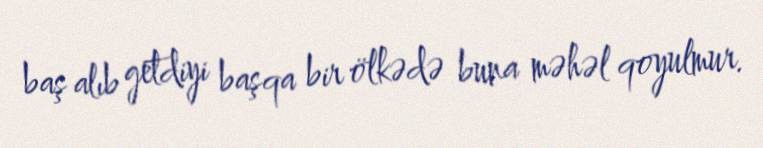
baş alıb getdiyi başqa bir ölkədə buna məhəl qoyulmur.